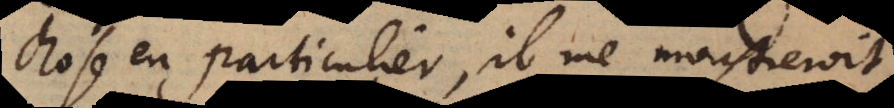
chose en particulier, il me monstreroit